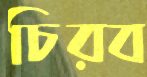
চিরব